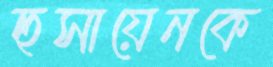
হুসায়েনকে